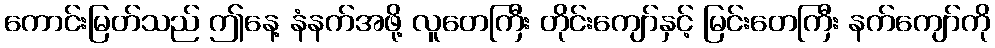
ကောင်းမြတ်သည် ဤနေ့ နံနက်အဖို့ လူတေကြီး တိုင်းကျော်နှင့် မြင်းတေကြီး နက်ကျော်ကို